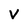
Character: V